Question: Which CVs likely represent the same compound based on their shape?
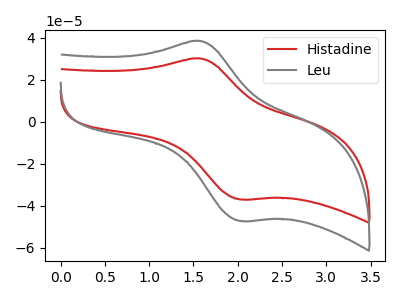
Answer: <think>The red curve "Histadine" has an anodic peak at (1.60V, 30.05uA) and a cathodic peak at (2.05V, -37.00uA). The gray curve "Leu" has an anodic peak at (1.60V, 38.35uA) and a cathodic peak at (2.05V, -47.30uA).
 All the peaks in "Histadine" have a peak in "Leu" at the same potential. Every peak in "Histadine" is lower than every peak in "Leu".</think>
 <answer>"Leu" and "Histadine" have the same shape and are likely CV's of the same chemical.</answer>
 <eval>"Leu" "Histadine"</eval>